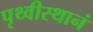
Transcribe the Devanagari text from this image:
पृथ्वीस्थानं